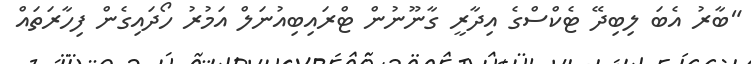
"ބާރު އެބަ ލިބިދޭ ޓެކްސްގެ އިދާރީ ގާނޫނުން ޓްރައިބިއުނަލް އަމުރު ހޯދައިގެން ފިހާރަތައް